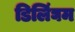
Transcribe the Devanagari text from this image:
डिलिंघम